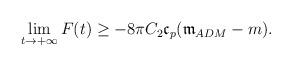
LaTeX: \begin{align*} \begin{aligned}\lim\limits_{t\rightarrow+\infty} F(t)\ge -8 \pi C_{2}\mathfrak{c}_{p} (\mathfrak{m}_{ADM}-m).\end{aligned}\end{align*}